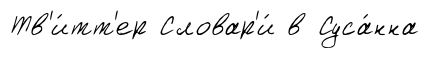
Тв'и́тт'ер Словар'и́ в Суса́нна